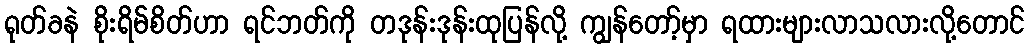
ရုတ်ခနဲ စိုးရိမ်စိတ်ဟာ ရင်ဘတ်ကို တဒုန်းဒုန်းထုပြန်လို့ ကျွန်တော့်မှာ ရထားများလာသလားလို့တောင်